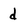
Character: d